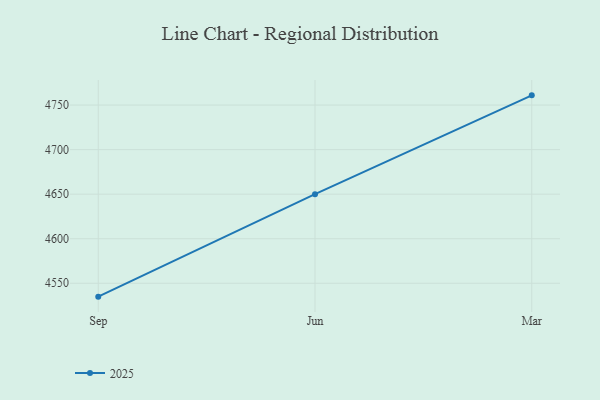
{"axis": {"x": "Month", "y": "Conversion Rate (%)"}, "legend": ["2025"], "data": [{"x": "Sep", "y": 4535.0, "type": "2025"}, {"x": "Jun", "y": 4650.0, "type": "2025"}, {"x": "Mar", "y": 4760.9, "type": "2025"}]}